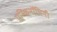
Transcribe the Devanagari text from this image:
एस्किनॉमिनी